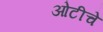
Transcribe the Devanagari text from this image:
ओटीचे